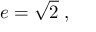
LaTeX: e = { \sqrt { 2 } } \; ,